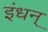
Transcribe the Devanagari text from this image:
इंधन्